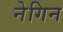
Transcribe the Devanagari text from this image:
नेगिन